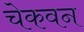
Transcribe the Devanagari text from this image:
चेकवन